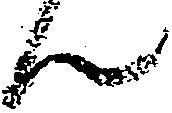
ん